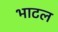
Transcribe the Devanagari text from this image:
भाटल